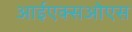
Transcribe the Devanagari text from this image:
आईएक्सओएस